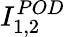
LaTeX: I_{1,2}^{POD}